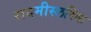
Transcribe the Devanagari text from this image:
रादमीस्लस्कि